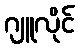
ဂျူလိုင်